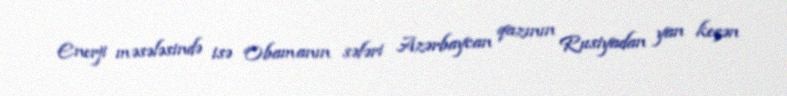
Enerji məsələsində isə Obamanın səfəri Azərbaycan qazının Rusiyadan yan keçən